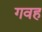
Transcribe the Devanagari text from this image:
गवह